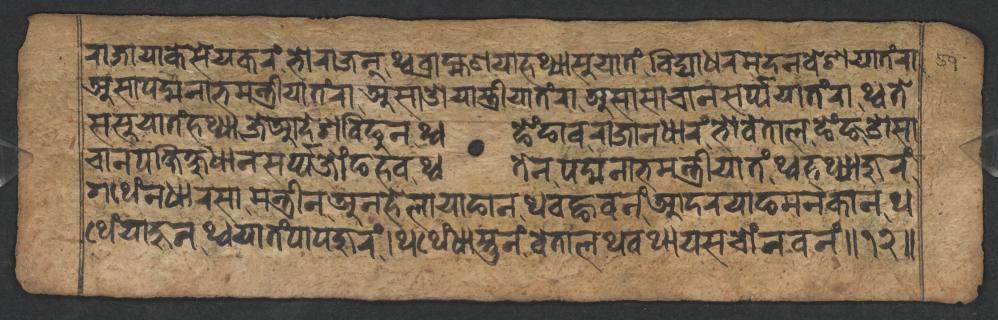
𑐬𑐵𑐖𑐵𑐫𑐵𑐎𑐾𑐳𑐾𑐫𑐎𑐬𑑄𑐨𑑀𑐬𑐵𑐖𑐣𑑂𑐠𑑂𑐰𑐧𑑂𑐬𑐵𑐴𑑂𑐩𑐞𑐫𑐵𑐴𑐠𑑂𑐫𑐵𑐳𑐸𑐫𑐵𑐟𑑄𑐰𑐶𑐡𑑂𑐫𑐵𑐢𑐬𑐩𑐡𑐣𑐰𑐾𑐱𑐫𑐵𑐟𑑄𑐬𑐵 𑐀𑐳𑐵𑐥𑐡𑑂𑐩𑐣𑐵𑐨𑐩𑐣𑑂𑐟𑑂𑐬𑐷𑐫𑐵𑐟𑑄𑐬𑐵𑐀𑐳𑐵𑐌𑐫𑐵𑐳𑑂𑐟𑑂𑐬𑐷𑐫𑐵𑐟𑑄𑐬𑐵𑐀𑐳𑐵𑐳𑐵𑐔𑐵𑐣𑐳𑐬𑑂𑐥𑑂𑐥𑐫𑐵𑐟𑑄𑐬𑐵𑐠𑑂𑐰𑐟𑐾 𑐳𑐳𑐸𑐫𑐵𑐟𑑄𑐴𑐠𑑂𑐫𑐵𑐖𑐾𑐁𑐡𑐾𑐱𑐧𑐶𑐒𑐸𑐣𑐠𑑂𑐰𑐒𑐾𑑄𑐒𑐵𑐰𑐬𑐵𑐖𑐵𑐣𑐢𑐵𑐬𑑄𑐨𑑀𑐰𑐾𑐟𑐵𑐮𑐒𑐾𑑄𑐒𑐌𑐳𑐵 𑐔𑐵𑐣𑐥𑐎𑑂𑐲𑐶𑐎𑑂𑐲𑐸𑐢𑐵𑐣𑐳𑐬𑑂𑐥𑑂𑐥𑐖𑑀𑑄𑐒𑐴𑐰𑐠𑑂𑐰𑐟𑐾𑐣𑐥𑐡𑑂𑐩𑐣𑐵𑐨𑐩𑐣𑑂𑐟𑑂𑐬𑐷𑐫𑐵𑐟𑑄𑐠𑑂𑐰𑐴𑐠𑑂𑐫𑐵𑐖𑐸𑐬𑑄 𑐐𑐠𑐾𑑄𑐣𑐢𑐵𑐬𑐳𑐵𑐩𑐣𑑂𑐟𑑂𑐬𑐷𑐣𑐀𑐣𑐴𑐾𑐮𑐵𑐫𑐵𑐒𑐵𑐣𑐠𑐰𑐒𑑂𑐴𑐰𑐣𑑄𑐁𑐡𑐬𑐫𑐵𑐒𑐩𑐣𑐎𑐵𑐣𑐠 𑐠𑐾𑑄𑐫𑐵𑐴𑐸𑐣𑐠𑑂𑐰𑐫𑐵𑐟𑑄𑐥𑐵𑐥𑐖𑐸𑐬𑑄𑑋𑐠𑐠𑐾𑑄𑐢𑐵𑐳𑑂𑐟𑐸𑐣𑑄𑐰𑐾𑐟𑐵𑐮𑐠𑐰𑐠𑐵𑐫𑐳𑐔𑑀𑑄𑐣𑐰𑐣𑑄𑑌𑑑𑑒𑑌